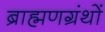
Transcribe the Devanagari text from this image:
ब्राह्मणग्रंथों